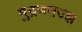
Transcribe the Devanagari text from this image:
मुद्रणतज्ज्ञ